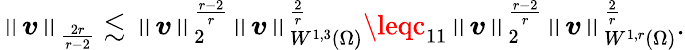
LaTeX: \left\lVert\boldsymbol{\mathit{v}}\right\rVert_{\frac{{2r}}{{r-2}}}\lesssim\left\lVert\boldsymbol{\mathit{v}}\right\rVert_{2}^{\frac{{r-2}}{{r}}}\left\lVert\boldsymbol{\mathit{v}}\right\rVert_{W^{1,3}(\Omega)}^{\frac{{2}}{{r}}}\leqc_{11}\left\lVert\boldsymbol{\mathit{v}}\right\rVert_{2}^{\frac{{r-2}}{{r}}}\left\lVert\boldsymbol{\mathit{v}}\right\rVert_{W^{1,r}(\Omega)}^{\frac{{2}}{{r}}}.